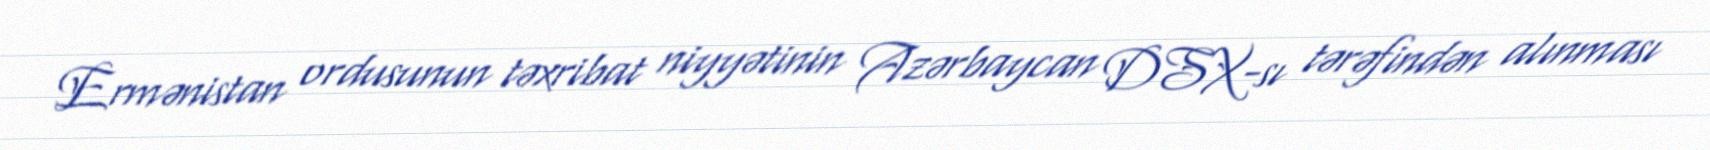
Ermənistan ordusunun təxribat niyyətinin Azərbaycan DSX-sı tərəfindən alınması